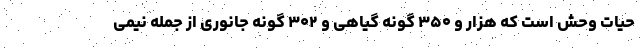
حیات وحش است که هزار و ۳۵۰ گونه گیاهی و ۳۰۲ گونه جانوری از جمله نیمی